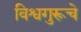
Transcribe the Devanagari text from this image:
विश्वगुरूचे